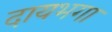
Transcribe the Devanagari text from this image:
दायभगा